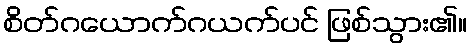
စိတ်ဂယောက်ဂယက်ပင် ဖြစ်သွား၏။